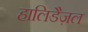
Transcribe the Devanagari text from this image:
हालिडैज़ल